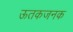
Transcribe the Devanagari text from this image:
ऊतकजनक